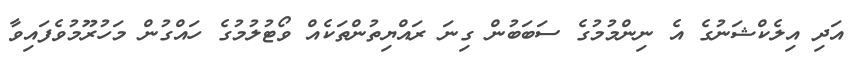
އަދި އިލެކްޝަނުގެ އެ ނިންމުމުގެ ސަބަބުން ގިނަ ރައްޔިތުންތަކެއް ވޯޓުލުމުގެ ހައްގުން މަހުރޫމުވެފައިވާ